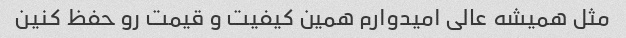
مثل همیشه عالی امیدوارم همین کیفیت و قیمت رو حفظ کنین